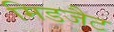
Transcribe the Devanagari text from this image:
मिडजैट